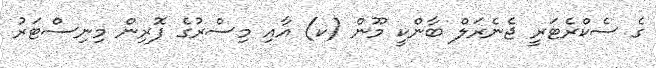
ގެ ސެކްރެޓަރީ ޖެނެރަލް ބާންކީ މޫން (ކ) އާއި މިސްރުގެ ފޮރިން މިނިސްޓަރު